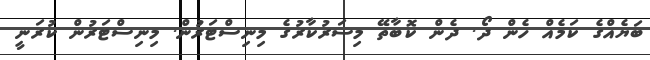
ބަޔެއްގެ ކަމެއް ހެން ދޯ. ދެން ކޮބާތޭ މިސަރުކާރުގެ މިނިސްޓަރުން. މިނިސްޓަރުން ކުރަނީ